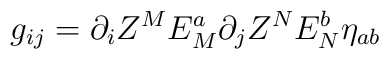
g_{ij} =  \partial_i Z^M E_M^a \partial_j Z^N E_N^b \eta_{ab}